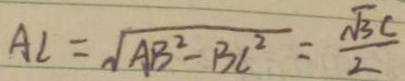
A l = \sqrt { A B ^ { 2 } - B C ^ { 2 } } = \frac { \sqrt { 3 } c } { 2 }